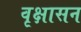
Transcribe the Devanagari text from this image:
वृक्षासन